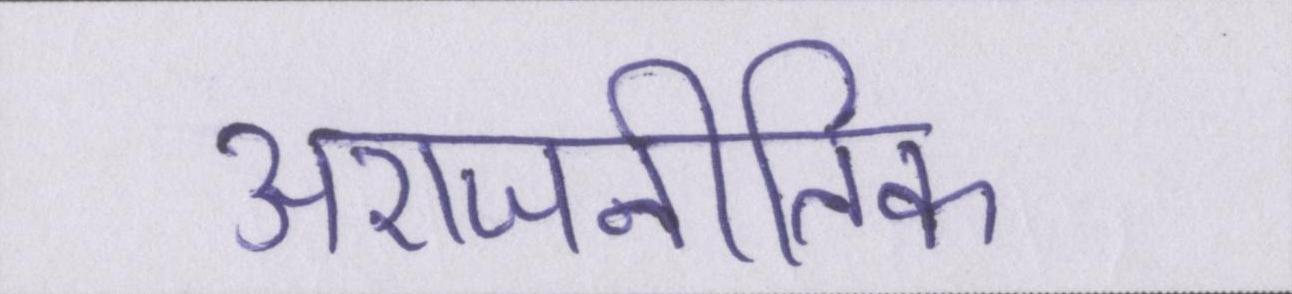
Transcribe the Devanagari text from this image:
अराजनीतिक